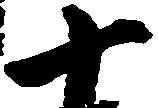
十